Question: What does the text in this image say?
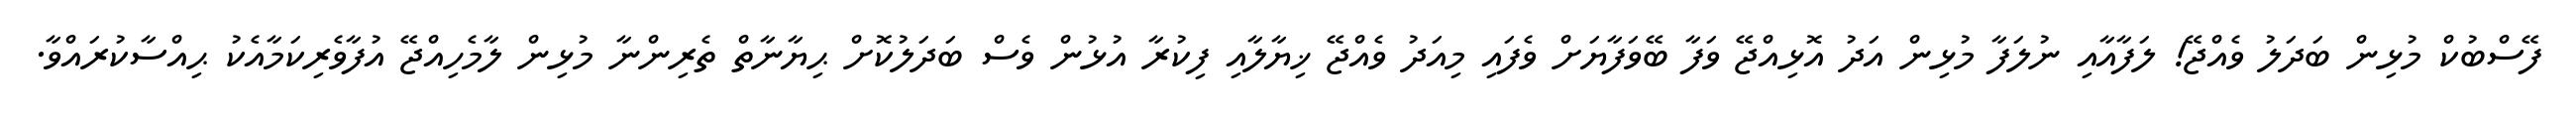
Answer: ފޭސްބުކް މުޅިން ބަދަލު ވެއްޖޭ! ލަފާއާއި ނުލަފާ މުޅިން އަދު އޮޅިއްޖޭ ވަފާ ބޭވަފާޔަށް ވެފައި މިއަދު ވެއްޖޭ ޚިޔާލާއި ފިކުރާ އުޅުން ވެސް ބަދަލުކޮށް ޙިޔާނާތް ތެރިންނާ މުޅިން ލާމެހިއްޖޭ އުފާވެރިކަމާއެކު ޙިއްސާކުރައްވާ.